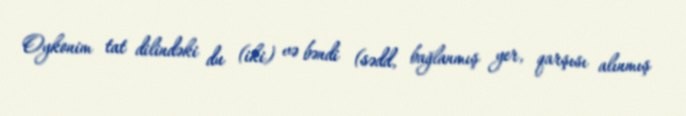
Oykonim tat dilindəki du (iki) və bəndi (sədd, bağlanmış yer, qarşısı alınmış